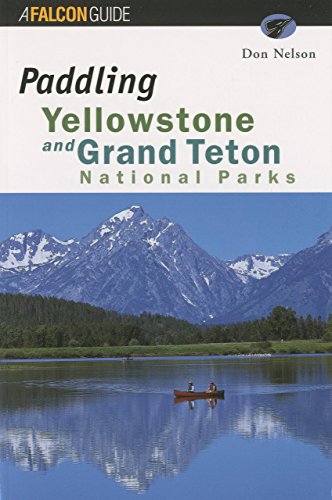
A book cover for Paddling Yellowstone and Grand Teton National Parks (Paddling Series); Don Nelson; Travel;